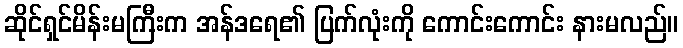
ဆိုင်ရှင်မိန်းမကြီးက အန်ဒရေ၏ ပြက်လုံးကို ကောင်းကောင်း နားမလည်။